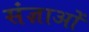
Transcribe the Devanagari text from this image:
संज्ञाओें